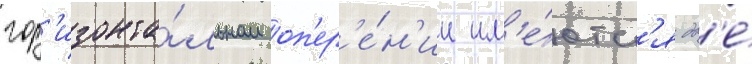
гор'изонта́льном оп'ер'е́н'ии им'е́ютс'я дв'е́